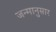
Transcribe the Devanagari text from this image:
जन्मानुसार